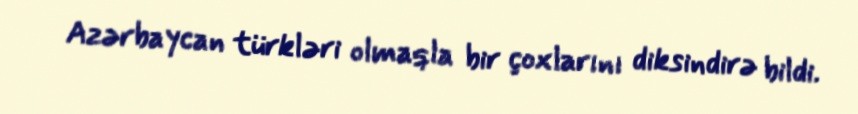
Azərbaycan türkləri olmaqla bir çoxlarını diksindirə bildi.